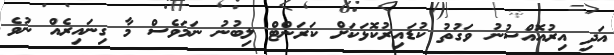
އަދި އިރުއޮއްސުނު ވަގުތު ކުޑައިރުކޮޅަކަށް ކަރަންޓް ލިބުނު ނަމަވެސް މާ ގިނައިރެއް ނުވެ